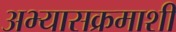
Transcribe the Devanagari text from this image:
अभ्यासक्रमाशी